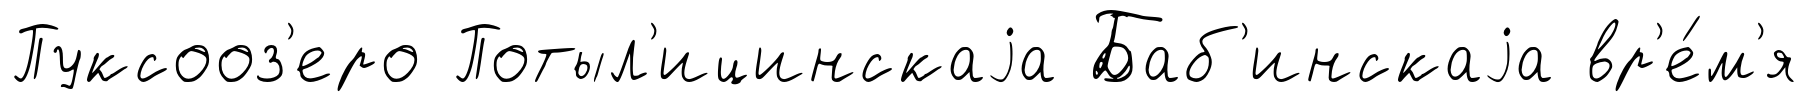
Пуксооз'еро Потыл'ицинскаjа Баб'инскаjа вр'е́м'я